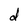
Character: d